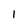
Character: 1